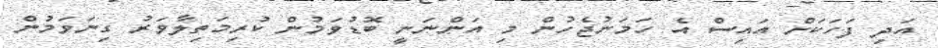
އަދި ފަހަކަށް އައިސް އެ ހަމަނުޖެހުން މި އަންނަނީ ބޮޑުވަމުން ކުރިމަތިލާވަރު ގިނަވަމުން